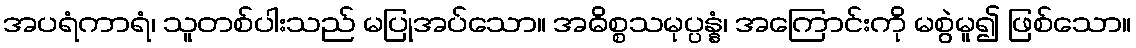
အပရံကာရံ၊ သူတစ်ပါးသည် မပြုအပ်သော။ အဓိစ္စသမုပ္ပန္နံ၊ အကြောင်းကို မစွဲမူ၍ ဖြစ်သော။